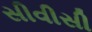
સીવીસી